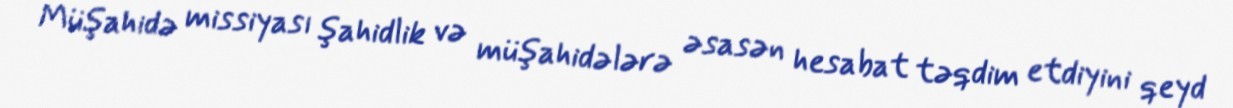
Müşahidə missiyası şahidlik və müşahidələrə əsasən hesabat təqdim etdiyini qeyd